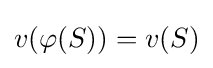
v(\varphi (S))=v(S)